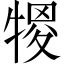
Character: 㹄